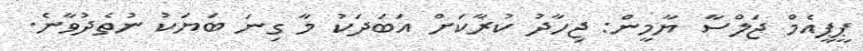
ޕީޕީއެމް ޖަލްސާ ޔާމީން: ޖިހާދު ކުރާކަށް އަބަދަކު މާ ގިނަ ބަޔަކު ނުތެދުވާނެ.